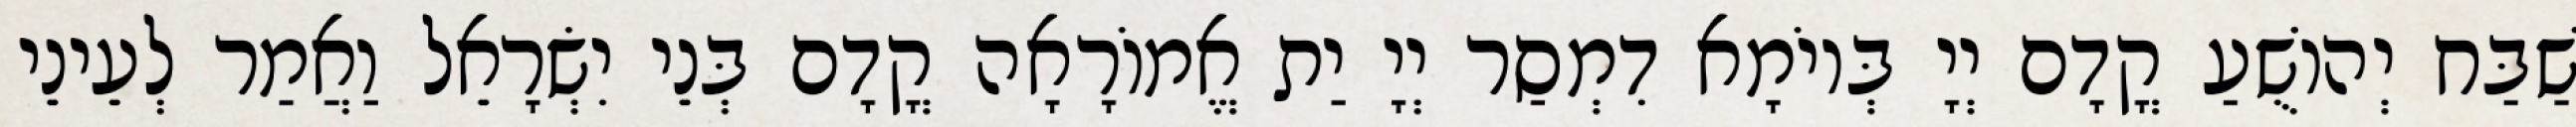
שַׁבַּח יְהוֹשֻׁעַ קֳדָם יְיָ בְּיוֹמָא דִמְסַר יְיָ יַת אֱמוֹרָאָה קֳדָם בְּנֵי יִשְׂרָאֵל וַאֲמַר לְעֵינֵי